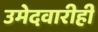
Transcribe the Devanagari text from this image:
उमेदवारीही